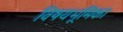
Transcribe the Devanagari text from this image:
विषयभूमिका